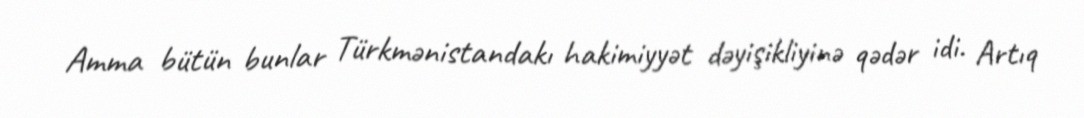
Amma bütün bunlar Türkmənistandakı hakimiyyət dəyişikliyinə qədər idi. Artıq